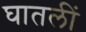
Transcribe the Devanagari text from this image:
घातलीं